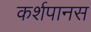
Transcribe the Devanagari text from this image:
कर्शपानस